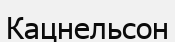
Кацнельсон